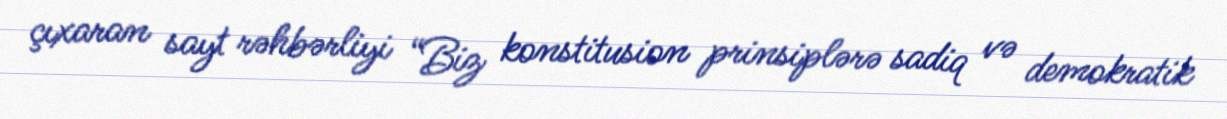
çıxaran sayt rəhbərliyi “Biz konstitusion prinsiplərə sadiq və demokratik